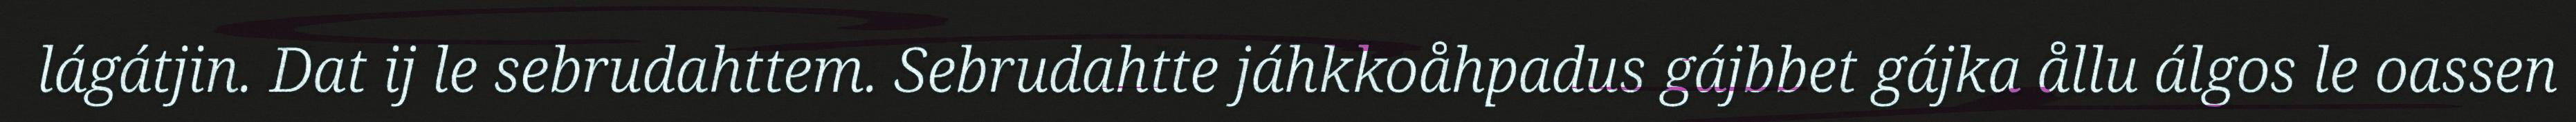
lágátjin. Dat ij le sebrudahttem. Sebrudahtte jáhkkoåhpadus gájbbet gájka ållu álgos le oassen